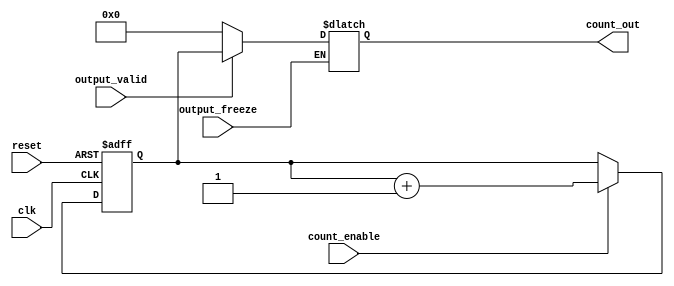
module synchronous_counter #(
    parameter N = 4  // Define the width of the counter (e.g., 4 bits)
)(
    input wire clk,                 // Clock input
    input wire reset,               // Asynchronous reset input
    input wire count_enable,        // Count enable signal
    input wire output_valid,        // Signal to determine if output is valid
    input wire output_freeze,       // Signal to freeze the output
    output reg [N-1:0] count_out    // Output representing the current count value
);

// Internal register to hold the current count value
reg [N-1:0] count_reg;

// Synchronous counting mechanism
always @(posedge clk or posedge reset) begin
    if (reset) begin
        count_reg <= {N{1'b0}}; // Reset the counter to 0
    end else if (count_enable) begin
        count_reg <= count_reg + 1'b1; // Increment the counter
    end
end

// Output control logic
always @(*) begin
    if (output_freeze) begin
        count_out = count_out; // Hold the current output value
    end else if (output_valid) begin
        count_out = count_reg; // Output the current count value
    end else begin
        count_out = {N{1'b0}}; // Output zero if not valid
    end
end

endmodule